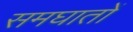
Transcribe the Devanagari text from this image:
समघातों